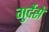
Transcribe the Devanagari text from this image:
गुर्देसे